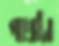
পাখাটা